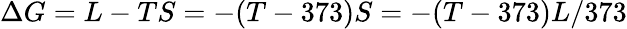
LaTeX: \Delta G=L-TS=-(T-373)S=-(T-373)L/373